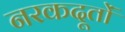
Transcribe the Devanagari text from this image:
नरकदूतों